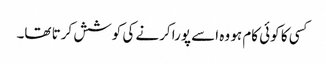
کسی کا کوئی کام ہو وہ اسے پورا کرنے کی کوشش کرتا تھا۔